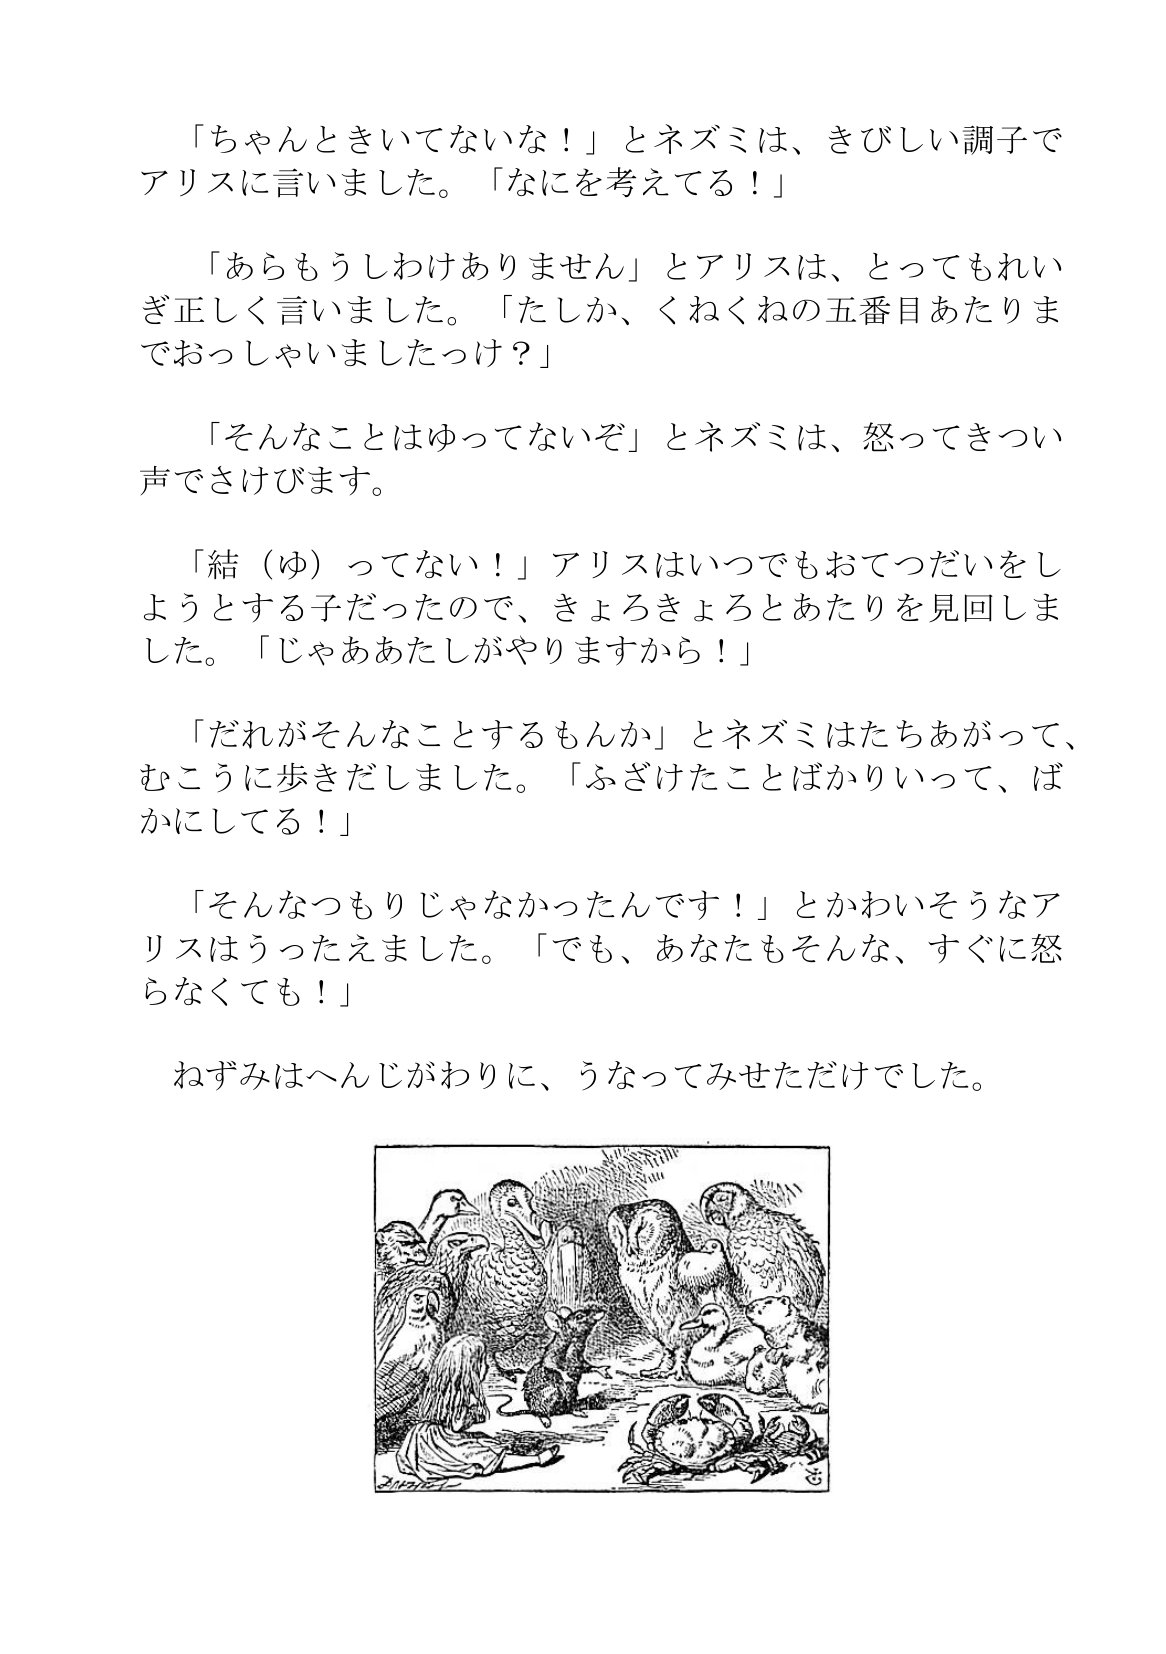
Language: ja